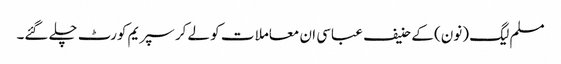
مسلم لیگ (نون) کے حنیف عباسی ان معاملا ت کو لے کر سپریم کورٹ چلے گئے۔